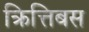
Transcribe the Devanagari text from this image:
क्रित्तिबस